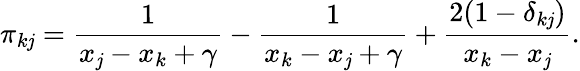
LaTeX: \pi_{k\mathit{j}}=\frac{{1}}{{x_{\mathit{j}}-x_{k}+\gamma}}-\frac{{1}}{{x_{k}-x_{\mathit{j}}+\gamma}}+\frac{{2(1-\delta_{k\mathit{j}})}}{{x_{k}-x_{\mathit{j}}}}.